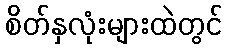
စိတ်နှလုံးများထဲတွင်